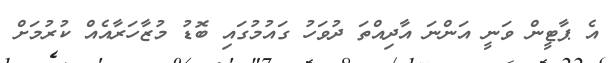
އެ ޕާޓީން ވަނީ އަންނަ އާދިއްތަ ދުވަހު ގައުމުގައި ބޮޑު މުޒާހަރާއެއް ކުރުމަށް